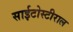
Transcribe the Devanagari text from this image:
साईटोस्टीराल